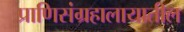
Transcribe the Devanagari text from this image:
प्राणिसंग्रहालायातील